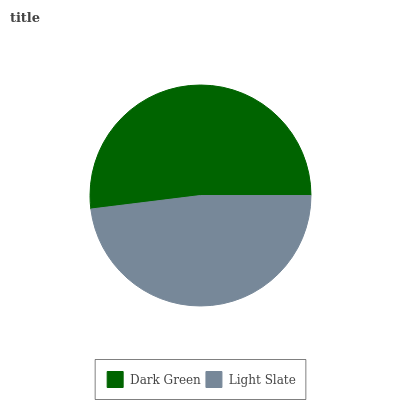
| Dark Green | Light Slate |
 | --- | --- |
 | 51.9% | 48.1% |